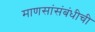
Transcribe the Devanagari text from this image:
माणसांसंबंधीची